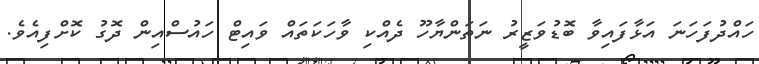
ހައްދުފަހަނަ އަޅާފައިވާ ބޮޑުވަޒީރު ނަތަންޔާހޫ ދެއްކި ވާހަކަތައް ވައިޓް ހައުސްއިން ދޮގު ކޮށްފިއެވެ.